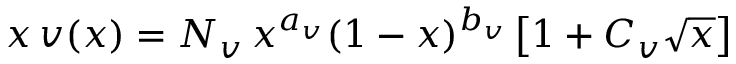
x \, v ( x ) = N _ { v } \, x ^ { a _ { v } } ( 1 - x ) ^ { b _ { v } } \left[ 1 + C _ { v } \sqrt { x } \right]